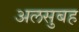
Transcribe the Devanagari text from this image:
अलसुबह